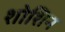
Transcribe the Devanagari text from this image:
शोशिन